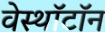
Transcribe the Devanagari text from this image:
वेस्थॉटॉन